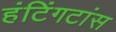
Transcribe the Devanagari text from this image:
हंटिंगटांस